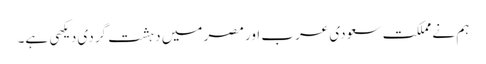
ہم نے مملکت سعودی عرب اور مصر میں دہشت گردی دیکهی ہے۔